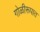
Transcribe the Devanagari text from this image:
गोळीरूपात